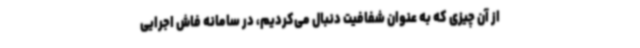
از آن چیزی که به عنوان شفافیت دنبال می‌کردیم، در سامانه فاش اجرایی